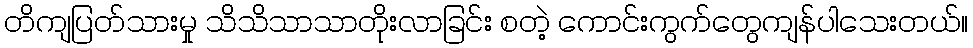
တိကျပြတ်သားမှု သိသိသာသာတိုးလာခြင်း စတဲ့ ကောင်းကွက်တွေကျန်ပါသေးတယ်။